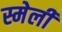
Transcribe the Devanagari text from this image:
स्मेली